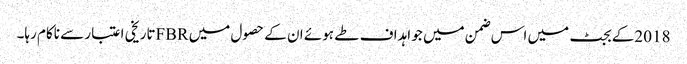
2018کے بجٹ میں اس ضمن میں جو اہداف طے ہوئے ان کے حصول میں FBRتاریخی اعتبار سے ناکام رہا۔